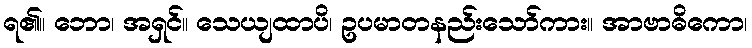
ရ၏။ ဘော၊ အရှင်။ သေယျထာပိ၊ ဥပမာတနည်းသော်ကား။ အာဗာဓိကော၊